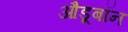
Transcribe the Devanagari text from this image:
औडूबॉन